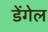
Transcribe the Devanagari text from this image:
डेंगेल